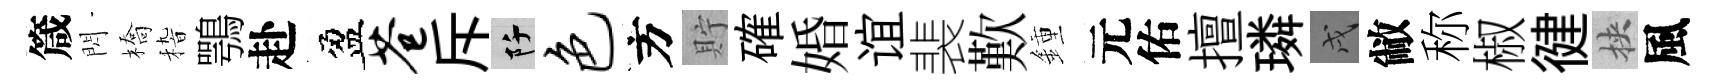
箴閃橋𥟵鶚赴盈苍斥阡色方貯確婚谊裴歎鍾元佑擅璘戌敝称椒徤挾風